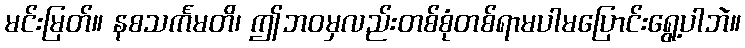
မင်းမြတ်။ နစသင်္ကမတိ၊ ဤဘဝမှလည်းတစ်စုံတစ်ရာမပါမပြောင်းရွေ့ပါဘဲ။